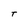
Character: T